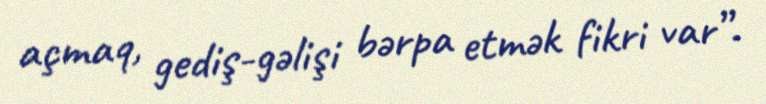
açmaq, gediş-gəlişi bərpa etmək fikri var”.